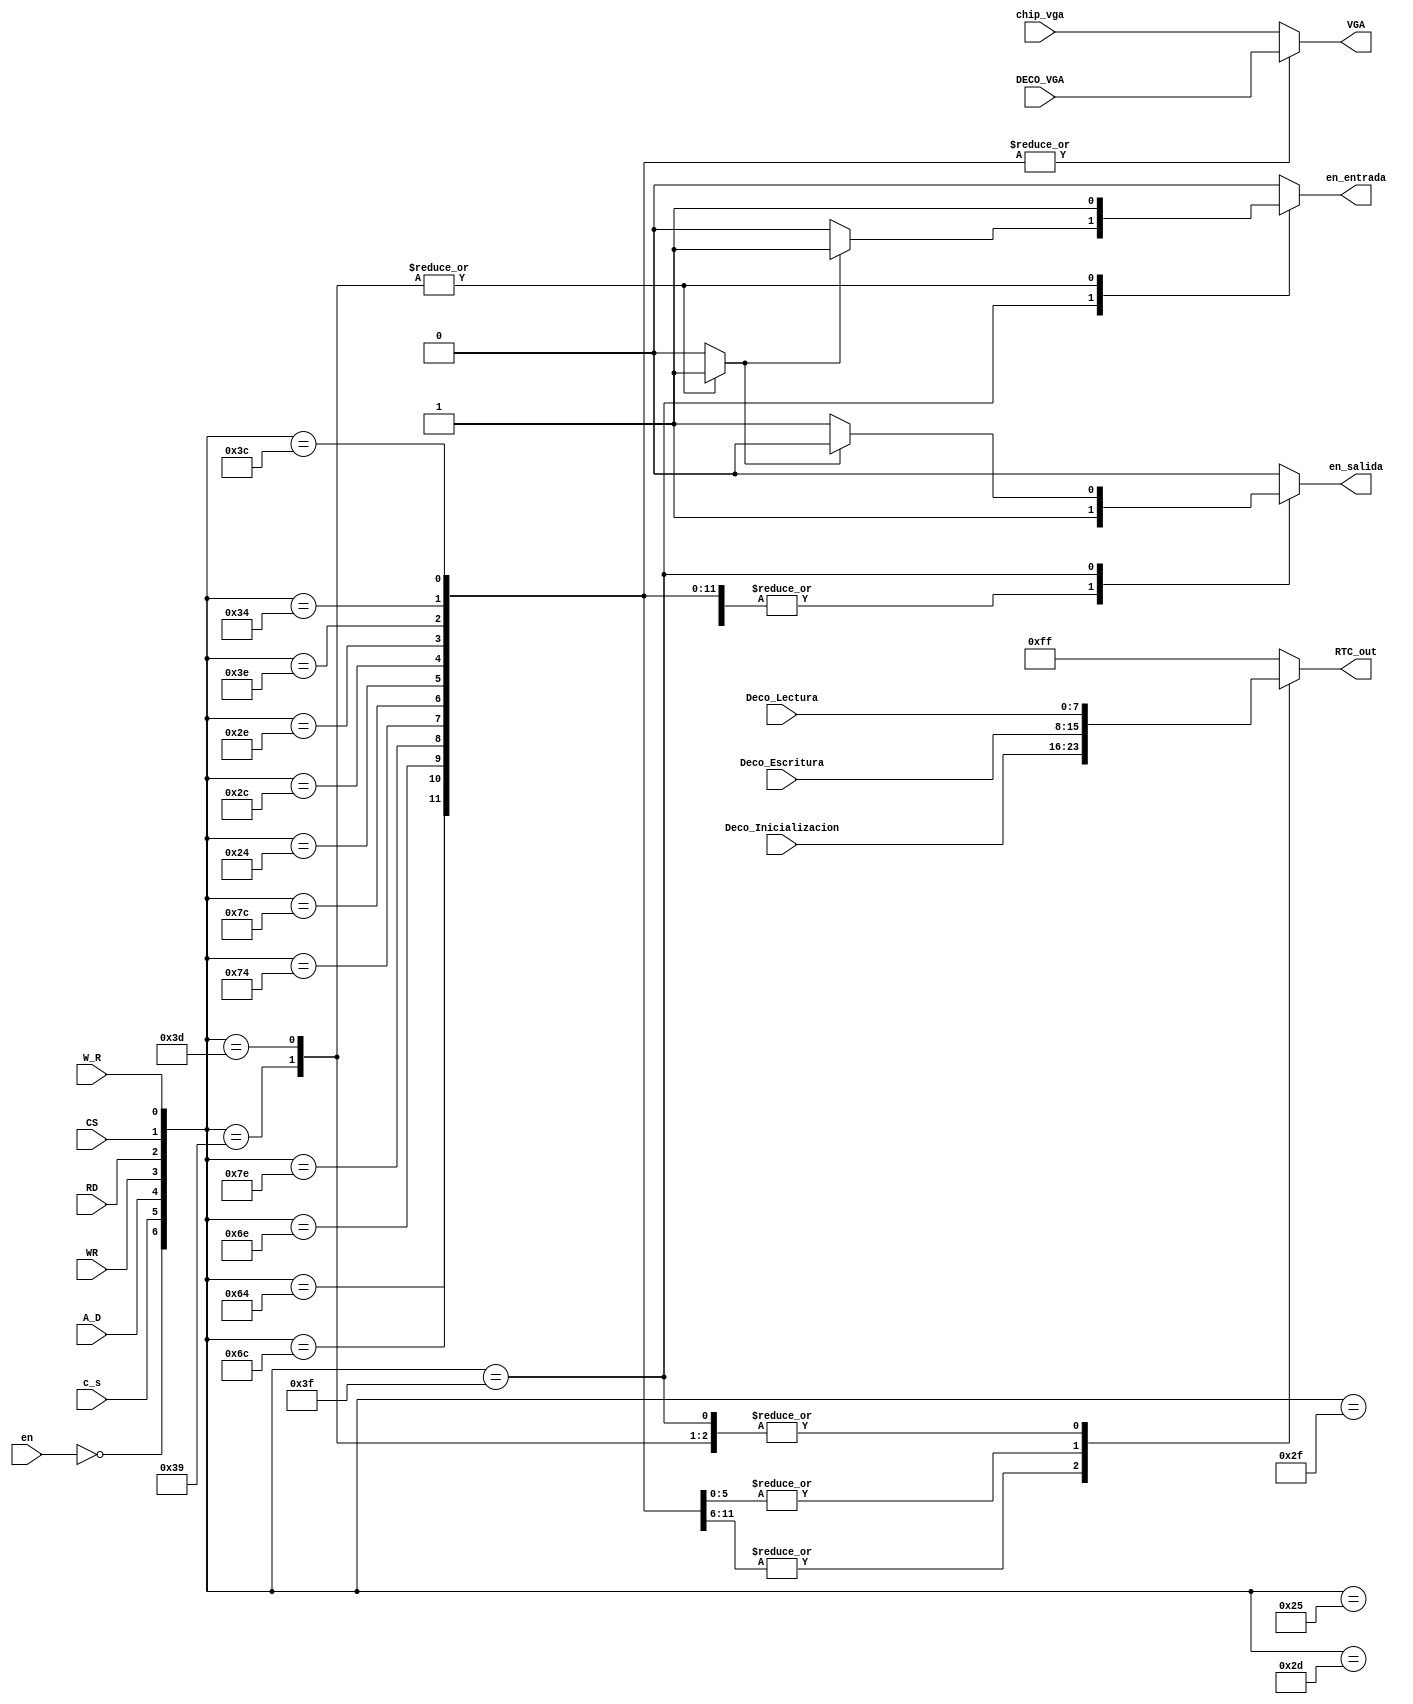
`timescale 1ns / 1ps
//////////////////////////////////////////////////////////////////////////////////
// Company: 
// Engineer: 
// 
// Design Name: 
// Module Name:    MUX 
// Project Name: 
// Target Devices: 
// Tool versions: 
// Description: 
//
// Dependencies: 
//
// Revision: 
// Revision 0.01 - File Created
// Additional Comments: 
//
//////////////////////////////////////////////////////////////////////////////////
module MUX(
	 input [7:0] DECO_VGA,
	 input [7:0] chip_vga,
    input c_s,
    input A_D,
    input WR,
    input RD,
    input W_R,
    input CS,
	 input en,
    input [7:0] Deco_Inicializacion,
    input [7:0] Deco_Escritura,
    input [7:0] Deco_Lectura,
	 output reg en_salida,
    output reg en_entrada,
    output reg [7:0] RTC_out,
    output reg [7:0] VGA
    );

	 
	 wire [6:0] Bus_de_Control;
	 reg rep = 1'd0;
	 
	 assign Bus_de_Control [0] = W_R;
	 assign Bus_de_Control [1] = CS;
	 assign Bus_de_Control [2] = RD;
	 assign Bus_de_Control [3] = WR;
	 assign Bus_de_Control [4] = A_D;
	 assign Bus_de_Control [5] = c_s;
	 assign Bus_de_Control [6] = !en;
	 
	 always @(*)
	    case (Bus_de_Control)
		 7'b1100100: begin
		                en_salida = 1;
							 en_entrada = 0;
							 rep <= 0;
		                RTC_out <= Deco_Inicializacion;
							 VGA <= DECO_VGA;
		             end
		 7'b1101100: begin
		                en_salida = 1;
							 en_entrada = 0;
							 rep <= 0;
		                RTC_out <= Deco_Inicializacion;
							 VGA <= DECO_VGA;
		             end
		 7'b1101110: begin
		                en_salida = 1;
							 en_entrada = 0;
							 rep <= 0;
		                RTC_out <= Deco_Inicializacion;
							 VGA <= DECO_VGA;
		             end
		 7'b1111110: begin
		                en_salida = 1;
							 en_entrada = 0;
							 rep <= 0;
		                RTC_out <= Deco_Inicializacion;
							 VGA <= DECO_VGA;
		             end
		 7'b1110100: begin
		                en_salida = 1;
							 en_entrada = 0;
							 rep <= 0;
		                RTC_out <= Deco_Inicializacion;
							 VGA <= DECO_VGA;
		             end
		 7'b1111100: begin
		                en_salida = 1;
							 en_entrada = 0;
							 rep <= 0;
		                RTC_out <= Deco_Inicializacion;
							 VGA <= DECO_VGA;
		             end
       7'b0100100: begin
		                en_salida = 1;
							 en_entrada = 0;
							 rep <= 0;
		                RTC_out <= Deco_Escritura;
							 VGA <=DECO_VGA;
		             end
		 7'b0101100: begin
		                en_salida = 1;
							 en_entrada = 0;
							 rep <= 0;
		                RTC_out <= Deco_Escritura;
							 VGA <= DECO_VGA;
		             end
		 7'b0101110: begin
		                en_salida = 1;
							 en_entrada = 0;
							 rep <= 0;
		                RTC_out <= Deco_Escritura;
							 VGA <= DECO_VGA;
		             end
		 7'b0111110: begin
		                en_salida = 1;
							 en_entrada = 0;
							 rep <= 0;
		                RTC_out <= Deco_Escritura;
							 VGA <= DECO_VGA;
		             end
		 7'b0110100: begin
		                en_salida = 1;
							 en_entrada = 0;
							 rep <= 0;
		                RTC_out <= Deco_Escritura;
							 VGA <= DECO_VGA;
		             end
		 7'b0111100: begin
		                en_salida = 1;
							 en_entrada = 0;
							 rep <= 0;
		                RTC_out <= Deco_Escritura;
							 VGA <= DECO_VGA;
		             end
       7'b0100101: begin
		                en_salida = 1;
							 en_entrada = 0;
							 rep <= 0;
		                RTC_out <= Deco_Lectura;
							 VGA <= chip_vga;
		             end
		 7'b0101101: begin
		                en_salida = 1;
							 en_entrada = 0;
							 rep <= 0;
		                RTC_out <= Deco_Lectura;
							 VGA <= chip_vga;
		             end
		 7'b0101111: begin
		                en_salida = 1;
							 en_entrada = 0;
							 rep <= 0;
		                RTC_out <= Deco_Lectura;
							 VGA <= chip_vga;
		             end
		 7'b0111111: begin
		                if (!rep)
							 begin
		                   en_salida = 1;
							    en_entrada = 0;
								 rep <= 0;
		                   RTC_out <= Deco_Lectura;
							    VGA <= chip_vga;
							 end
							 else
							 begin
		                   en_salida = 0;
							    en_entrada = 1;
								 rep <= 0;
		                   RTC_out <= Deco_Lectura;
							    VGA <= chip_vga;
							 end
		             end
		 7'b0111001: begin
		                en_salida = 0;
							 en_entrada = 1;
							 rep <= 1;
		                RTC_out <= Deco_Lectura;
							 VGA <= chip_vga;
		             end
		 7'b0111101: begin
		                en_salida = 0;
							 en_entrada = 1;
							 rep <= 1;
		                RTC_out <= Deco_Lectura;
							 VGA <=chip_vga;
		             end
       default:    begin
		                en_salida = 0;
							 en_entrada = 0;
							 rep <= 0;
		                RTC_out <= 8'd255;
							 VGA <= chip_vga;
                   end 
       endcase						 
	 	 
endmodule